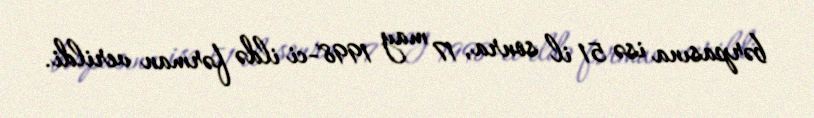
bərpasına isə 51 il sonra, 17 may 1998-ci ildə fərman verildi.